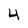
Character: 4